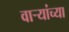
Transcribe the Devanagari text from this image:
वार्‍यांच्या